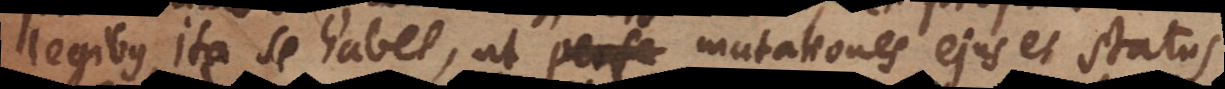
legibus, ita se habet, ut mutationes ejus et status